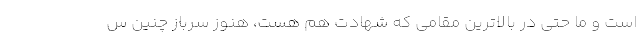
است و ما حتی در بالاترین مقامی که شهادت هم هست، هنوز سرباز چنین س